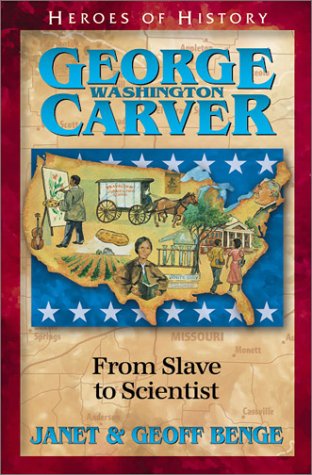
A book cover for George Washington Carver: From Slave to Scientist (Heroes of History); Janet Benge; Children's Books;